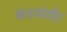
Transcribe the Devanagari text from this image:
बतायेगी।